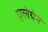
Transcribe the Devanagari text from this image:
एलेयेन